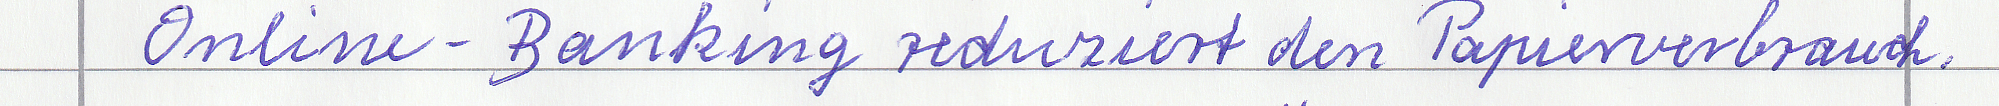
Online-Banking reduziert den Papierverbrauch.